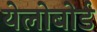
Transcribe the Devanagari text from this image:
येलोबोर्ड